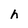
Character: h